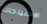
الاحتياجات